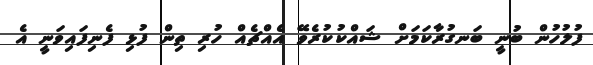
ފުލުހުން ބުނީ ބަނގުރާކަމަށް ޝައްކުކުރެވޭ އެއްޗެއް ހުރި ތިން ފުޅި ފެނިފައިވަނީ އެ